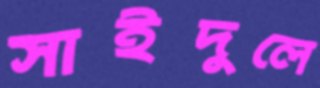
সাইদুলে